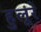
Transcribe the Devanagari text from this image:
हुलूरे